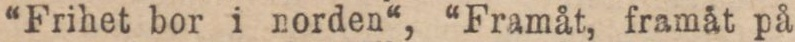
“Frihet bor i norden“, “Framåt, framåt på